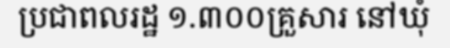
ប្រជាពលរដ្ឋ ១.៣០០គ្រួសារ នៅឃុំ